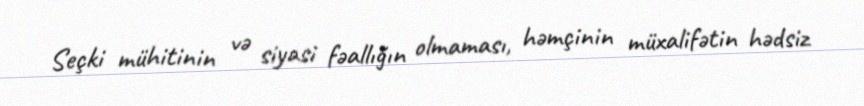
Seçki mühitinin və siyasi fəallığın olmaması, həmçinin müxalifətin hədsiz